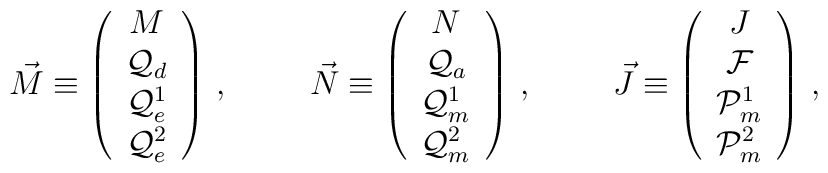
\vec{M} \equiv\left(\begin{array}{c}M \\ {\cal Q}_{d} \\ {\cal Q}_{e}^{1} \\ {\cal Q}_{e}^{2} \\\end{array}\right)\, ,\hspace{1cm}\vec{N} \equiv\left(\begin{array}{c}N \\ {\cal Q}_{a} \\ {\cal Q}_{m}^{1} \\ {\cal Q}_{m}^{2} \\\end{array}\right)\, ,\hspace{1cm}\vec{J} \equiv\left(\begin{array}{c}J \\ {\cal F} \\ {\cal P}_{m}^{1} \\ {\cal P}_{m}^{2} \\\end{array}\right)\, ,